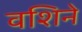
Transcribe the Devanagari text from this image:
वशिने